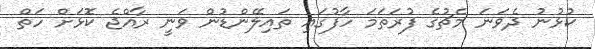
ކުޅުނު ދެވަނަ މެޗުގެ ފުރަތަމަ ހާފުގައި ތައިލޭންޑުން ވަނީ ރާއްޖެ ކޮޅަށް ހަތް